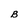
Character: B